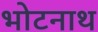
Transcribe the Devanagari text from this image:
भोटनाथ